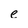
Character: e